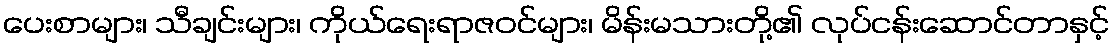
ပေးစာများ၊ သီချင်းများ၊ ကိုယ်ရေးရာဇဝင်များ၊ မိန်းမသားတို့၏ လုပ်ငန်းဆောင်တာနှင့်